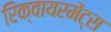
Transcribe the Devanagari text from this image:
रिक्वायरमेंट्स